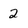
Character: 2